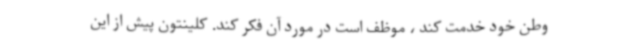
وطن خود خدمت کند ، موظف است در مورد آن فکر کند. کلینتون پیش از این